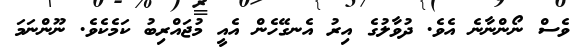
ވެސް ނޯންނާނެ އެވެ. ދުވާލުގެ އިރު އެނގޭހެން އެއީ މުޖައްރިބު ކަމެކެވެ. ނޫންނަމަ